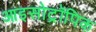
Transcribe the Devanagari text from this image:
आइसोट्रॉपिक